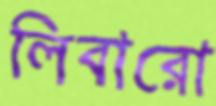
লিবারো